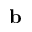
\bf { b }